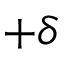
+ \delta